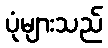
ပုံများသည်